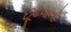
છૂટવાનો